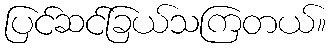
ပြင်ဆင်ခြယ်သကြတယ်။